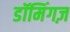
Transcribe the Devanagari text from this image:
डॉमिंगज़